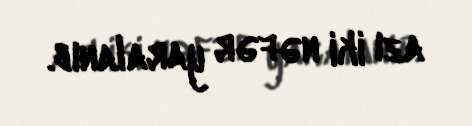
azı iki nəfər yaralanıb.